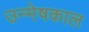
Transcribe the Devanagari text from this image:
उन्मेषकाल